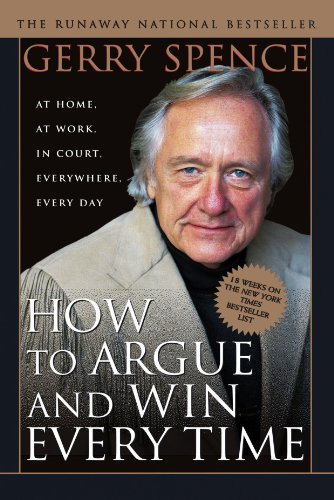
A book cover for How to Argue & Win Every Time: At Home, At Work, In Court, Everywhere, Everyday; Gerry Spence; Politics & Social Sciences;